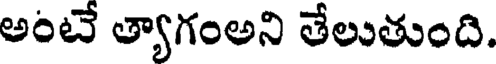
అంటే త్యాగంఅని తేలుతుంది.